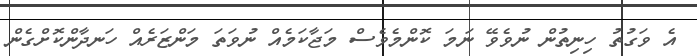
އެ ވަގުތު ހިނިތުން ނުވެވޭ ނަމަ ކޮންމެވެސް މަޖާކަމެއް ނުވަތަ މަންޒަރެއް ހަނދާންކޮށްގެން